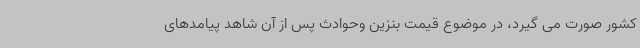
کشور صورت می گیرد، در موضوع قیمت بنزین وحوادث پس از آن شاهد پیامدهای